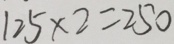
1 2 5 \times 2 = 2 5 0